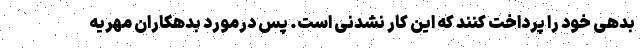
بدهی خود را پرداخت کنند که این کار نشدنی است. پس درمورد بدهکاران مهریه